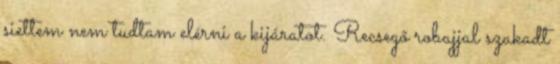
siettem nem tudtam elérni a kijáratot. Recsegő robajjal szakadt